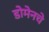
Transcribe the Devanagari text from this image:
डोमेनचे